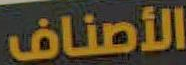
الأصناف